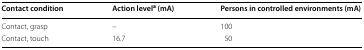
<table><thead><tr><td><b>Contact condition</b></td><td><b>Action level<sup>a</sup> (mA)</b></td><td><b>Persons in controlled environments (mA)</b></td></tr></thead><tbody><tr><td>Contact, grasp</td><td>–</td><td>100</td></tr><tr><td>Contact, touch</td><td>16.7</td><td>50</td></tr></tbody></table>